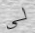
لي